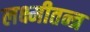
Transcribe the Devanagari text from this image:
लक्ष्मीतन्त्र